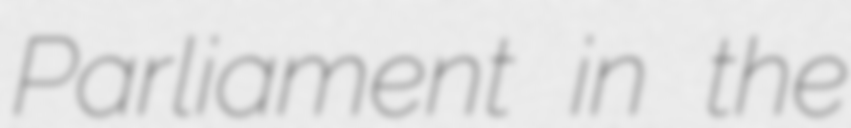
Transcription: Parliament in the